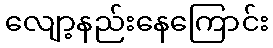
လျော့နည်းနေကြောင်း